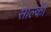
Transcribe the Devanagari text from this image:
साल्की